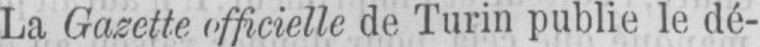
La Gazette officielle de Turin publie le dé-